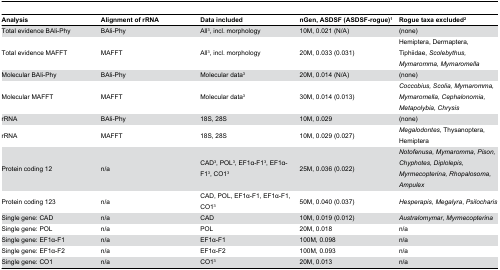
| Analysis | Alignment of rRNA | Data included | nGen, ASDSF (ASDSF-rogue)1 | Rogue taxa excluded2 |
 | --- | --- | --- | --- | --- |
 | Total evidence BAli-Phy | BAli-Phy | All3, incl. morphology | 10M, 0.021 (N/A) | (none) |
 | Total evidence MAFFT | MAFFT | All3, incl. morphology | 20M, 0.033 (0.031) | Hemiptera, Dermaptera, Tiphiidae, Scolebythus, Mymaromma, Mymaromella |
 | Molecular BAli-Phy | BAli-Phy | Molecular data3 | 20M, 0.014 (N/A) | (none) |
 | Molecular MAFFT | MAFFT | Molecular data3 | 30M, 0.014 (0.013) | Coccobius, Scolia, Mymaromma, Mymaromella, Cephalonomia, Metapolybia, Chrysis |
 | rRNA | BAli-Phy | 18S, 28S | 10M, 0.029 | (none) |
 | rRNA | MAFFT | 18S, 28S | 10M, 0.029 (0.027) | Megalodontes, Thysanoptera, Hemiptera |
 | Protein coding 12 | n/a | CAD3, POL3, EF1α-F13, EF1α-F13, CO13 | 25M, 0.036 (0.022) | Notofenusa, Mymaromma, Pison, Chyphotes, Diplolepis, Myrmecopterina, Rhopalosoma, Ampulex |
 | Protein coding 123 | n/a | CAD, POL, EF1α-F1, EF1α-F1, CO13 | 50M, 0.040 (0.037) | Hesperapis, Megalyra, Psilocharis |
 | Single gene: CAD | n/a | CAD | 10M, 0.019 (0.012) | Australomymar, Myrmecopterina |
 | Single gene: POL | n/a | POL | 20M, 0.018 | n/a |
 | Single gene: EF1α-F1 | n/a | EF1α-F1 | 100M, 0.098 | n/a |
 | Single gene: EF1α-F2 | n/a | EF1α-F2 | 100M, 0.093 | n/a |
 | Single gene: CO1 | n/a | CO13 | 20M, 0.013 | n/a |